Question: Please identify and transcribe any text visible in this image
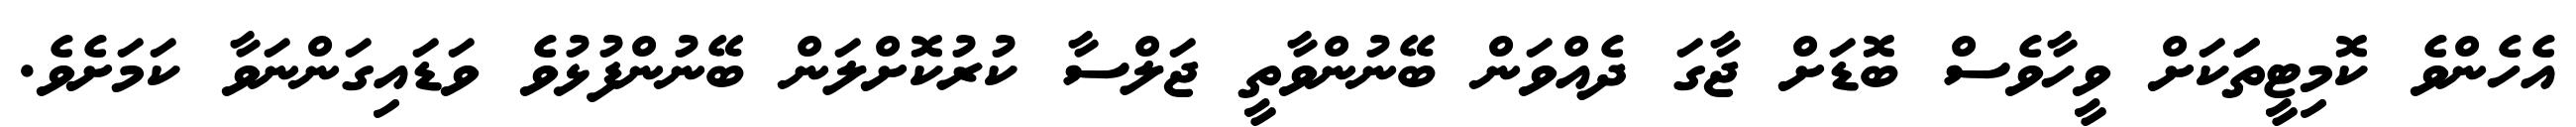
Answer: އެހެންވެ ކޮމިޓީތަަކަށް ވީހާވެސް ބޮޑަށް ޖާގަ ދެއްވަން ބޭނުންވާތީ ޖަލްސާ ކުރުކޮށްލަން ބޭނުންފުޅުވެ ވަޑައިގަންނަވާ ކަމަށެވެ.